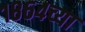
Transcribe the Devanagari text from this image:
१८६४च्या